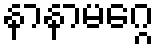
နာနာမဂ္ဂေ